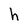
Character: h